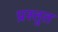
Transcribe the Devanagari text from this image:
प्रस्‍तुत